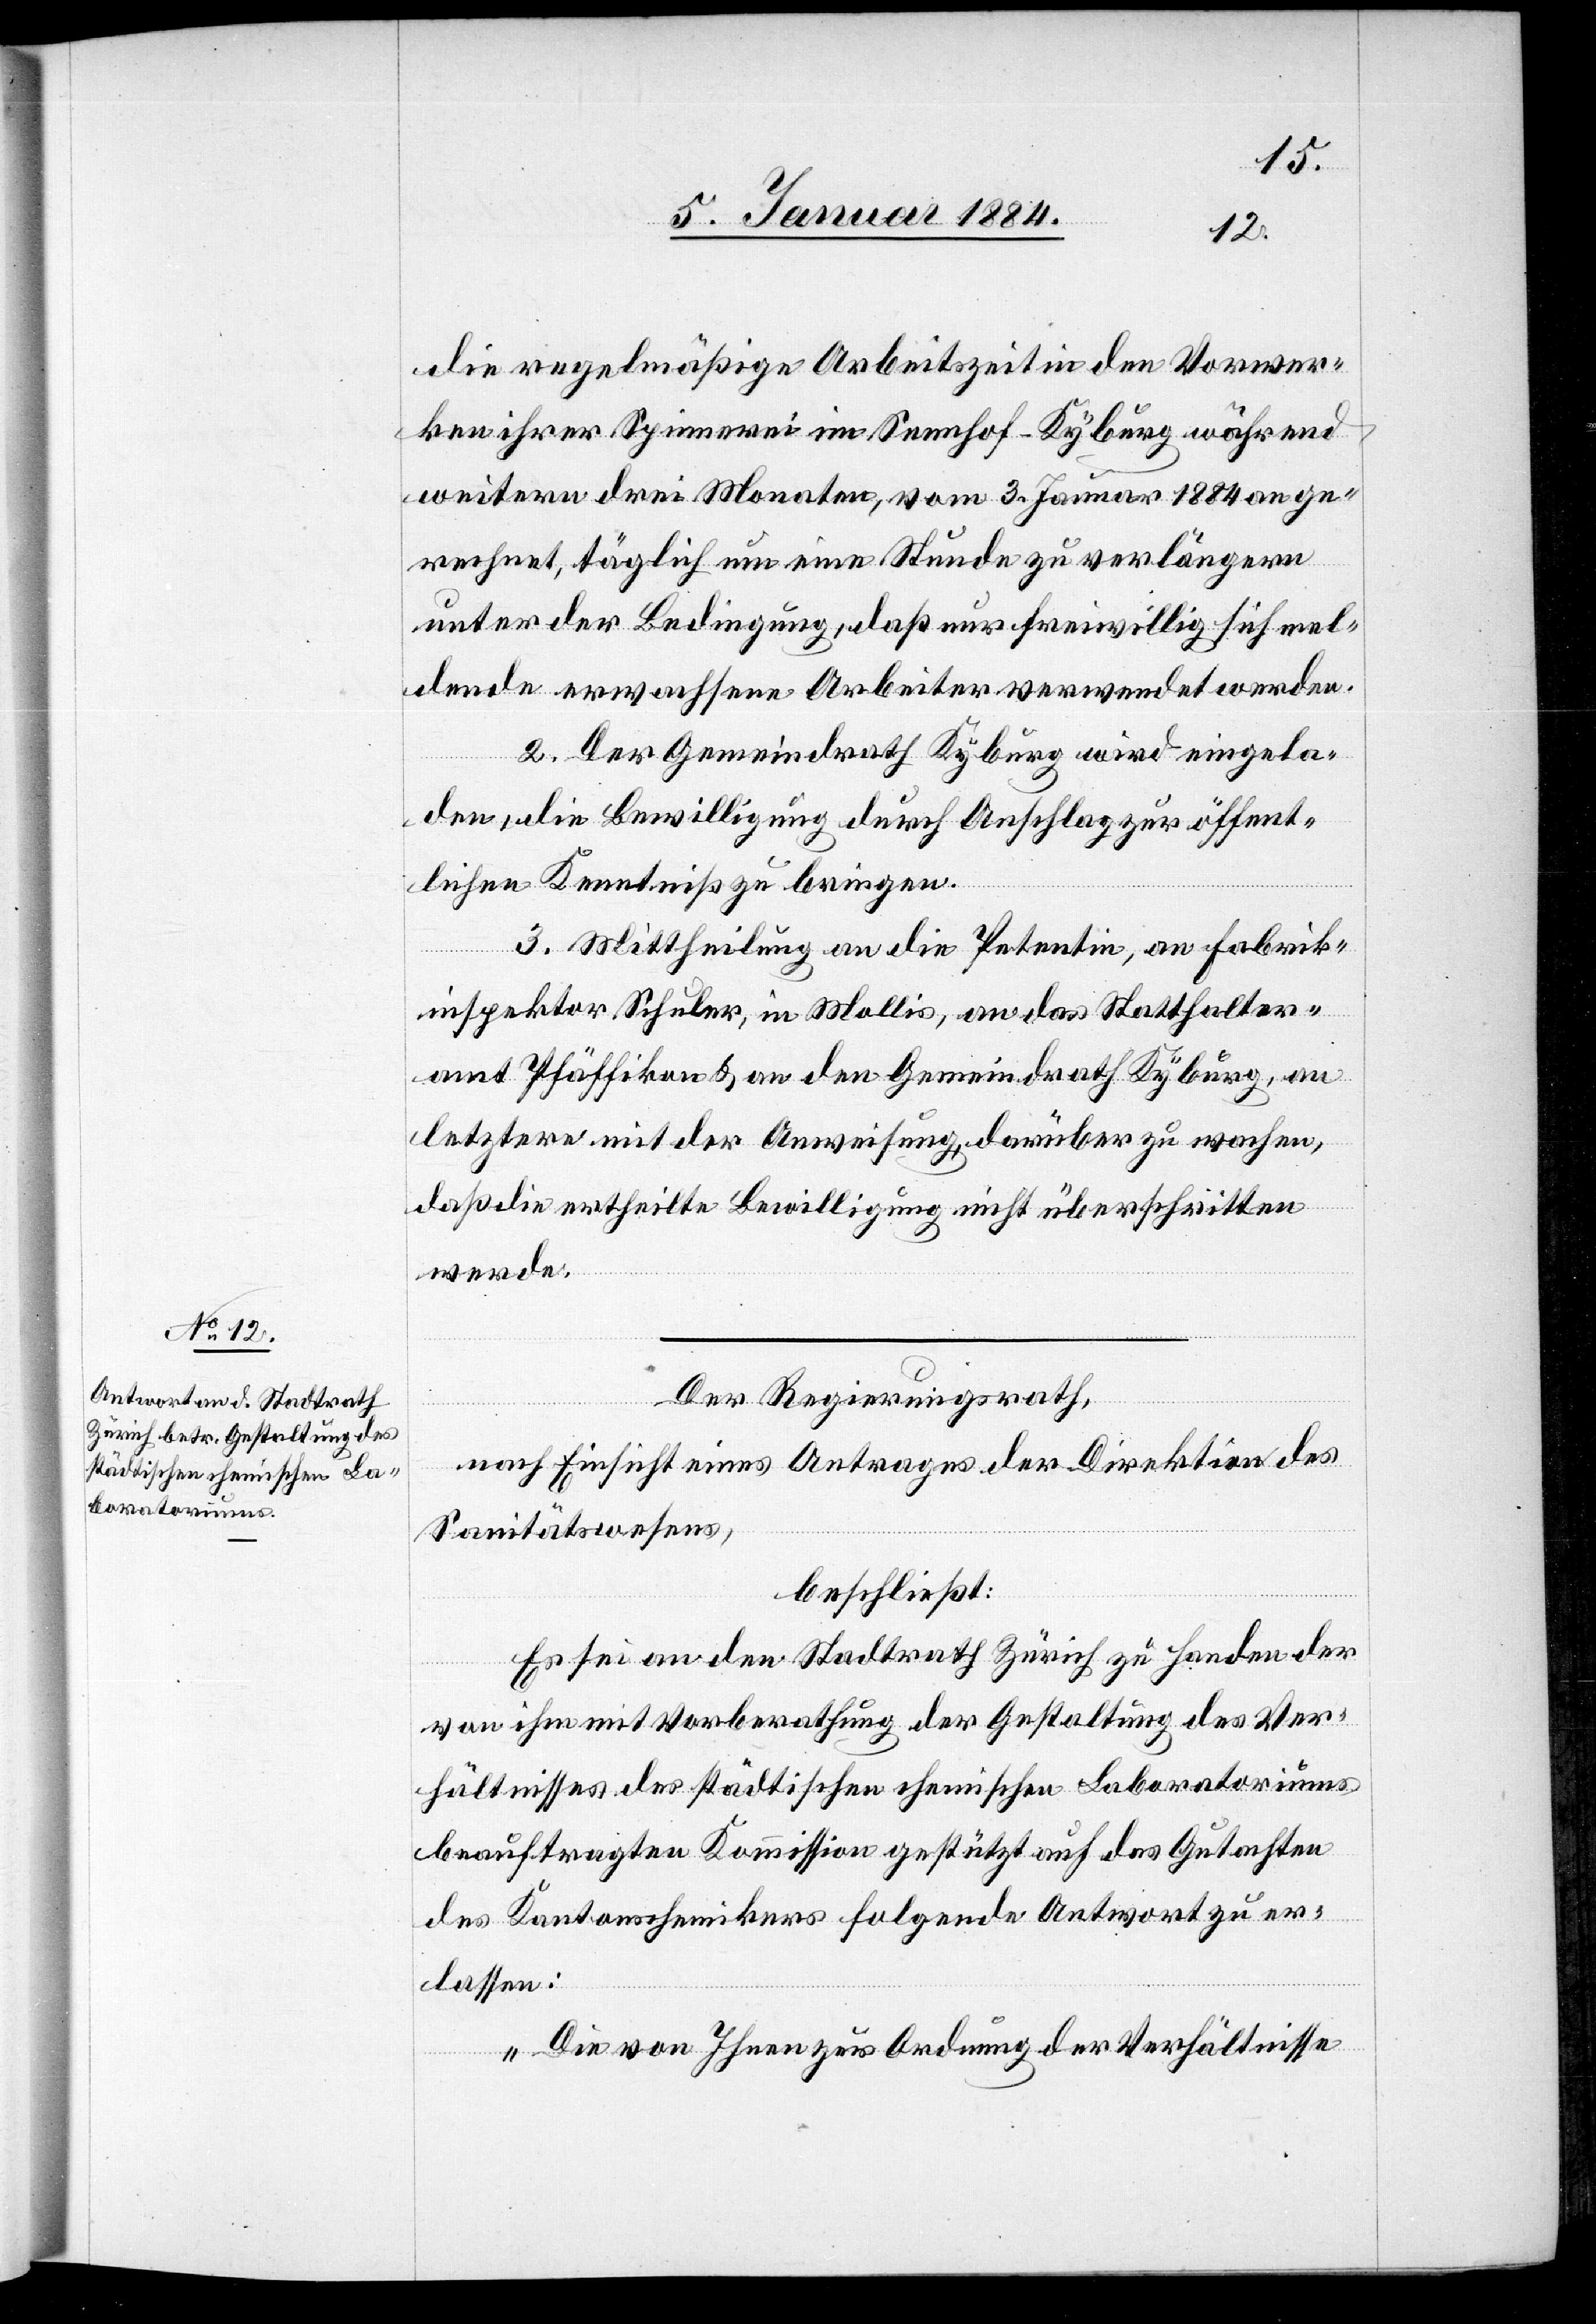
die regelmäßige Arbeitszeit in den Vorwer¬
ken ihrer Spinnerei im Sennhof - Kyburg während
weitern drei Monaten, vom 3. Januar 1884 an ge¬
rechnet, täglich um eine Stunde zu verlängern
unter der Bedingung, daß nur freiwillig sich mel¬
dende erwachsene Arbeiter verwendet werden.
2. Der Gemeindrath Kyburg wir eingela¬
den, die Bewilligung durch Anschlag zur öffent¬
lichen Kenntniß zu bringen.
3. Mittheilung an die Petentin, an Fabrik¬
inspektor Schuler, in Mollis, an das Statthalter¬
amt Pfäffikon & an den Gemeindrath Kyburg, an
letztern mit der Anweisung, darüber zu wachen,
daß die ertheilte Bewilligung nicht überschritten
werde.
Der Regierungsrath,
nach Einsicht eines Antrages der Direktion des
Sanitätswesens,
beschließt:
Es sei an den Stadtrath Zürich zu Handen der
von ihm mit Vorberathung der Gestaltung des Ver¬
hältnisses des städtischen chemischen Laboratoriums
beauftragten Kommission gestützt auf das Gutachten
des Kantonschemikers folgende Antwort zu er¬
lassen:
„Die von Ihnen zur Ordnung der Verhältnisse